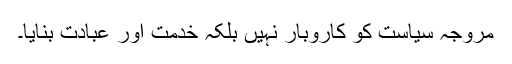
مروجہ سیاست کو کاروبار نہیں بلکہ خدمت اور عبادت بنایا۔